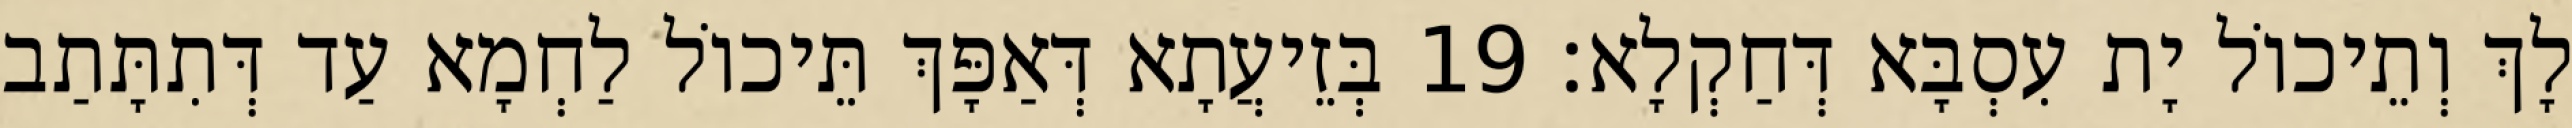
לָךְ וְתֵיכוֹל יָת עִסְבָּא דְּחַקְלָא׃ 19 בְּזֵיעֲתָא דְּאַפָּךְ תֵּיכוֹל לַחְמָא עַד דְּתִתָּתַב